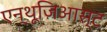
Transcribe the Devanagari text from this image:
एन्थूज़िआस्ट